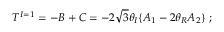
T ^ { I = 1 } = - B + C = - 2 \sqrt { 3 } \theta _ { I } \{ A _ { 1 } - 2 \theta _ { R } A _ { 2 } \} \; ;